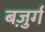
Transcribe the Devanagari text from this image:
बज़ुर्ग